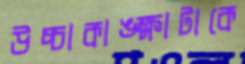
উচ্চাকাঙ্ক্ষাটাকে